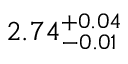
2 . 7 4 _ { - 0 . 0 1 } ^ { + 0 . 0 4 }